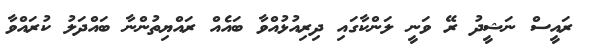
ރައީސް ނަޝީދު ރޭ ވަނީ ލަންކާގައި ދިރިއުޅުއްވާ ބައެއް ރައްޔިތުންނާ ބައްދަލު ކުރައްވާ